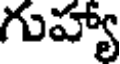
గుహ్యా